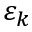
\varepsilon _ { k }